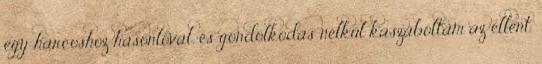
egy harcoshoz hasonlóval, és gondolkodás nélkül kaszaboltam az ellent.